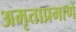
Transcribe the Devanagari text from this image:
अमृताप्रमाणे